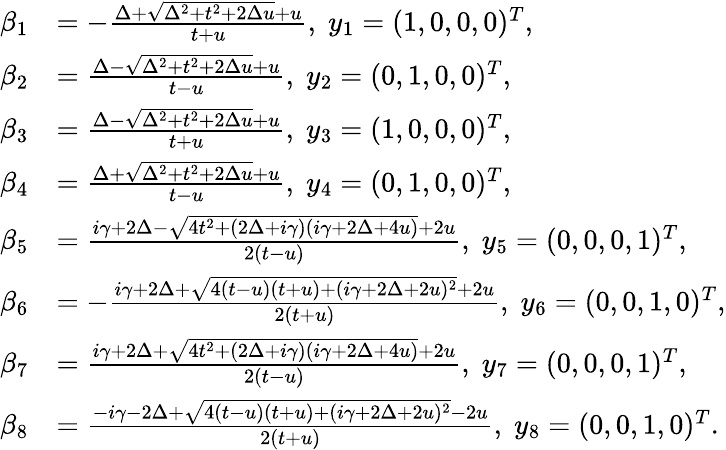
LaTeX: \begin{array}{rl}{\beta_{1}}&{=-\frac{\Delta+\sqrt{\Delta^{2}+t^{2}+2\Delta u}+u}{t+u},\; y_{1}=(1,0,0,0)^{T},}\\ {\beta_{2}}&{=\frac{\Delta-\sqrt{\Delta^{2}+t^{2}+2\Delta u}+u}{t-u},\; y_{2}=(0,1,0,0)^{T},}\\ {\beta_{3}}&{=\frac{\Delta-\sqrt{\Delta^{2}+t^{2}+2\Delta u}+u}{t+u},\; y_{3}=(1,0,0,0)^{T},}\\ {\beta_{4}}&{=\frac{\Delta+\sqrt{\Delta^{2}+t^{2}+2\Delta u}+u}{t-u},\; y_{4}=(0,1,0,0)^{T},}\\ {\beta_{5}}&{=\frac{i\gamma+2\Delta-\sqrt{4t^{2}+(2\Delta+i\gamma)(i\gamma+2\Delta+4u)}+2u}{2(t-u)},\; y_{5}=(0,0,0,1)^{T},}\\ {\beta_{6}}&{=-\frac{i\gamma+2\Delta+\sqrt{4(t-u)(t+u)+(i\gamma+2\Delta+2u)^{2}}+2u}{2(t+u)},\; y_{6}=(0,0,1,0)^{T},}\\ {\beta_{7}}&{=\frac{i\gamma+2\Delta+\sqrt{4t^{2}+(2\Delta+i\gamma)(i\gamma+2\Delta+4u)}+2u}{2(t-u)},\; y_{7}=(0,0,0,1)^{T},}\\ {\beta_{8}}&{=\frac{-i\gamma-2\Delta+\sqrt{4(t-u)(t+u)+(i\gamma+2\Delta+2u)^{2}}-2u}{2(t+u)},\; y_{8}=(0,0,1,0)^{T}.}\end{array}